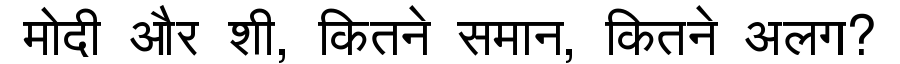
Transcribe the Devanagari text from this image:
मोदी और शी, कितने समान, कितने अलग?